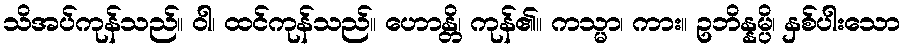
သိအပ်ကုန်သည်။ ဝါ၊ ထင်ကုန်သည်။ ဟောန္တိ၊ ကုန်၏။ ကသ္မာ၊ ကား။ ဥဘိန္နမ္ပိ၊ နှစ်ပါးသော